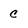
Character: c